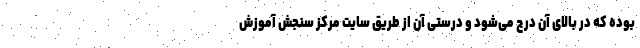
بوده که در بالای آن درج می‌شود و درستی آن از طریق سایت مرکز سنجش آموزش